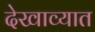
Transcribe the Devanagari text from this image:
देखाव्यात